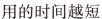
用的时间越短